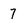
Character: 7